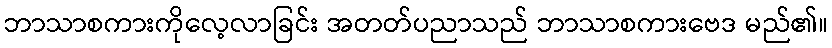
ဘာသာစကားကိုလေ့လာခြင်း အတတ်ပညာသည် ဘာသာစကားဗေဒ မည်၏။